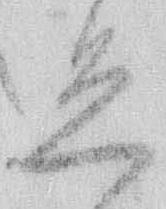
恐